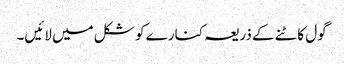
گول کاٹنے کے ذریعہ کنارے کو شکل میں لائیں۔